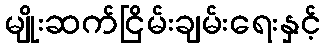
မျိုးဆက်ငြိမ်းချမ်းရေးနှင့်